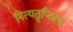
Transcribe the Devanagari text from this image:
नित्यतृप्तित्व